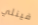
فينلي